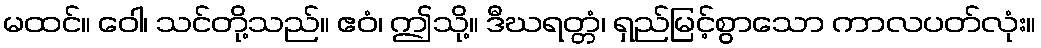
မထင်။ ဝေါ၊ သင်တို့သည်။ ဧဝံ၊ ဤသို့။ ဒီဃရတ္တံ၊ ရှည်မြင့်စွာသော ကာလပတ်လုံး။